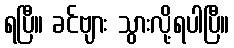
ရပြီ။ ခင်ဗျား သွားလို့ရပါပြီ။